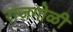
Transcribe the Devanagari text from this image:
राजगोळी